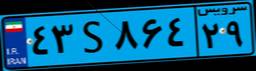
۴۳S۸۶۴۲۹